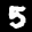
Label: 5